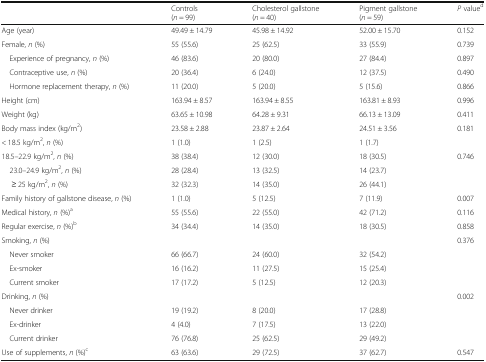
<table><thead><tr><td></td><td><b>Controls(<i>n</i> = 99)</b></td><td><b>Cholesterol gallstone(<i>n</i> = 40)</b></td><td><b>Pigment gallstone (<i>n</i> = 59)</b></td><td><b><i>P</i> value<sup>d</sup></b></td></tr></thead><tbody><tr><td>Age (year)</td><td>49.49 ± 14.79</td><td>45.98 ± 14.92</td><td>52.00 ± 15.70</td><td>0.152</td></tr><tr><td>Female, <i>n</i> (%)</td><td>55 (55.6)</td><td>25 (62.5)</td><td>33 (55.9)</td><td>0.739</td></tr><tr><td> Experience of pregnancy, <i>n</i> (%)</td><td>46 (83.6)</td><td>20 (80.0)</td><td>27 (84.4)</td><td>0.897</td></tr><tr><td> Contraceptive use, <i>n</i> (%)</td><td>20 (36.4)</td><td>6 (24.0)</td><td>12 (37.5)</td><td>0.490</td></tr><tr><td> Hormone replacement therapy, <i>n</i> (%)</td><td>11 (20.0)</td><td>5 (20.0)</td><td>5 (15.6)</td><td>0.866</td></tr><tr><td>Height (cm)</td><td>163.94 ± 8.57</td><td>163.94 ± 8.55</td><td>163.81 ± 8.93</td><td>0.996</td></tr><tr><td>Weight (kg)</td><td>63.65 ± 10.98</td><td>64.28 ± 9.31</td><td>66.13 ± 13.09</td><td>0.411</td></tr><tr><td>Body mass index (kg/m<sup>2</sup>)</td><td>23.58 ± 2.88</td><td>23.87 ± 2.64</td><td>24.51 ± 3.56</td><td>0.181</td></tr><tr><td>&lt; 18.5 kg/m<sup>2</sup>, <i>n</i> (%)</td><td>1 (1.0)</td><td>1 (2.5)</td><td>1 (1.7)</td><td></td></tr><tr><td>18.5–22.9 kg/m<sup>2</sup>, <i>n</i> (%)</td><td>38 (38.4)</td><td>12 (30.0)</td><td>18 (30.5)</td><td rowspan="2">0.746</td></tr><tr><td> 23.0–24.9 kg/m<sup>2</sup>, <i>n</i> (%)</td><td>28 (28.4)</td><td>13 (32.5)</td><td>14 (23.7)</td></tr><tr><td>≥ 25 kg/m<sup>2</sup>, <i>n</i> (%)</td><td>32 (32.3)</td><td>14 (35.0)</td><td>26 (44.1)</td><td></td></tr><tr><td>Family history of gallstone disease, <i>n</i> (%)</td><td>1 (1.0)</td><td>5 (12.5)</td><td>7 (11.9)</td><td>0.007</td></tr><tr><td>Medical history, <i>n</i> (%)<sup>a</sup></td><td>55 (55.6)</td><td>22 (55.0)</td><td>42 (71.2)</td><td>0.116</td></tr><tr><td>Regular exercise, <i>n</i> (%)<sup>b</sup></td><td>34 (34.4)</td><td>14 (35.0)</td><td>18 (30.5)</td><td>0.858</td></tr><tr><td>Smoking, <i>n</i> (%)</td><td></td><td></td><td></td><td>0.376</td></tr><tr><td> Never smoker</td><td>66 (66.7)</td><td>24 (60.0)</td><td>32 (54.2)</td><td></td></tr><tr><td> Ex-smoker</td><td>16 (16.2)</td><td>11 (27.5)</td><td>15 (25.4)</td><td></td></tr><tr><td> Current smoker</td><td>17 (17.2)</td><td>5 (12.5)</td><td>12 (20.3)</td><td></td></tr><tr><td>Drinking, <i>n</i> (%)</td><td></td><td></td><td></td><td>0.002</td></tr><tr><td> Never drinker</td><td>19 (19.2)</td><td>8 (20.0)</td><td>17 (28.8)</td><td></td></tr><tr><td> Ex-drinker</td><td>4 (4.0)</td><td>7 (17.5)</td><td>13 (22.0)</td><td></td></tr><tr><td> Current drinker</td><td>76 (76.8)</td><td>25 (62.5)</td><td>29 (49.2)</td><td></td></tr><tr><td>Use of supplements, <i>n</i> (%)<sup>c</sup></td><td>63 (63.6)</td><td>29 (72.5)</td><td>37 (62.7)</td><td>0.547</td></tr></tbody></table>